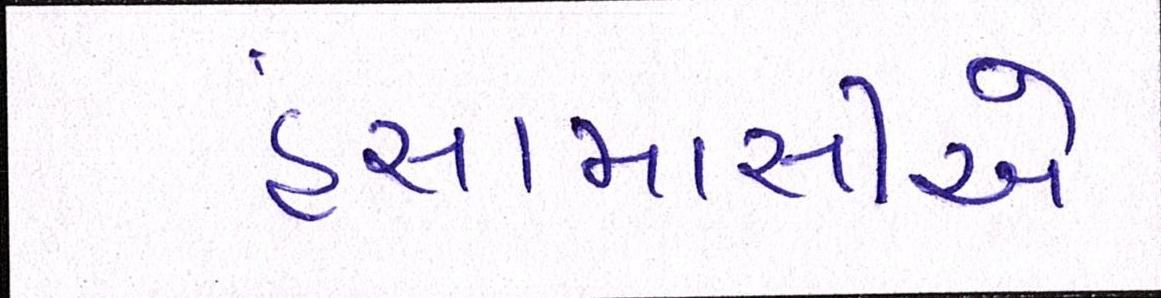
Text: હંસામાસીએ